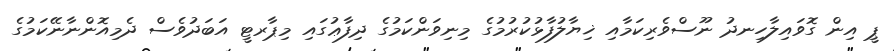
ޕީ އިން ގޮވައިލާހިނދު ނޫސްވެރިކަމާއި ޚިޔާލުފާޅުކުރުމުގެ މިނިވަންކަމުގެ ދިފާޢުގައި މިޕާރޓީ އަބަދުވެސް ދެމިއޮންނާނޭކަމުގެ